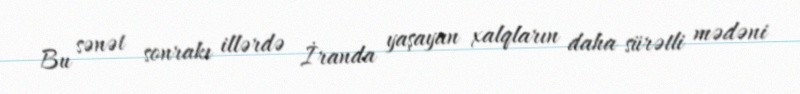
Bu sənət sonrakı illərdə İranda yaşayan xalqların daha sürətli mədəni